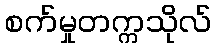
စက်မှုတက္ကသိုလ်